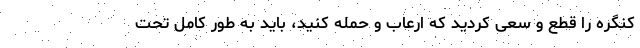
کنگره را قطع و سعی کردید که ارعاب و حمله کنید، باید به طور کامل تحت